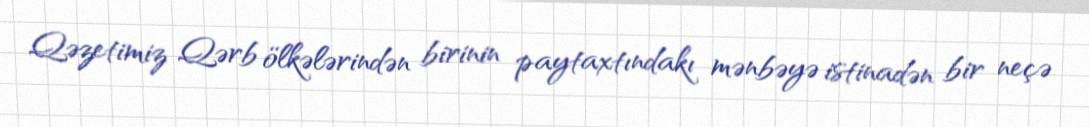
Qəzetimiz Qərb ölkələrindən birinin paytaxtındakı mənbəyə istinadən bir neçə